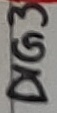
Text: DIG3